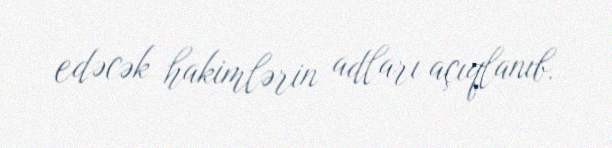
edəcək hakimlərin adları açıqlanıb.